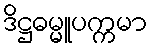
ဒိဋ္ဌဓမ္မူပက္ကမာ